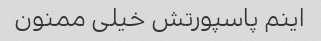
اینم پاسپورتش خیلی ممنون